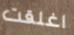
اغلقت